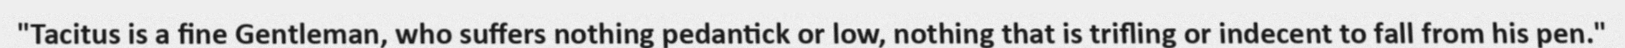
"Tacitus is a fine Gentleman, who suffers nothing pedantick or low, nothing that is trifling or indecent to fall from his pen."